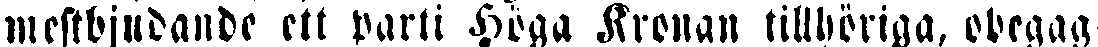
mestbjnbanbe ett parti Höga Kronan tillhöriga, obegag-